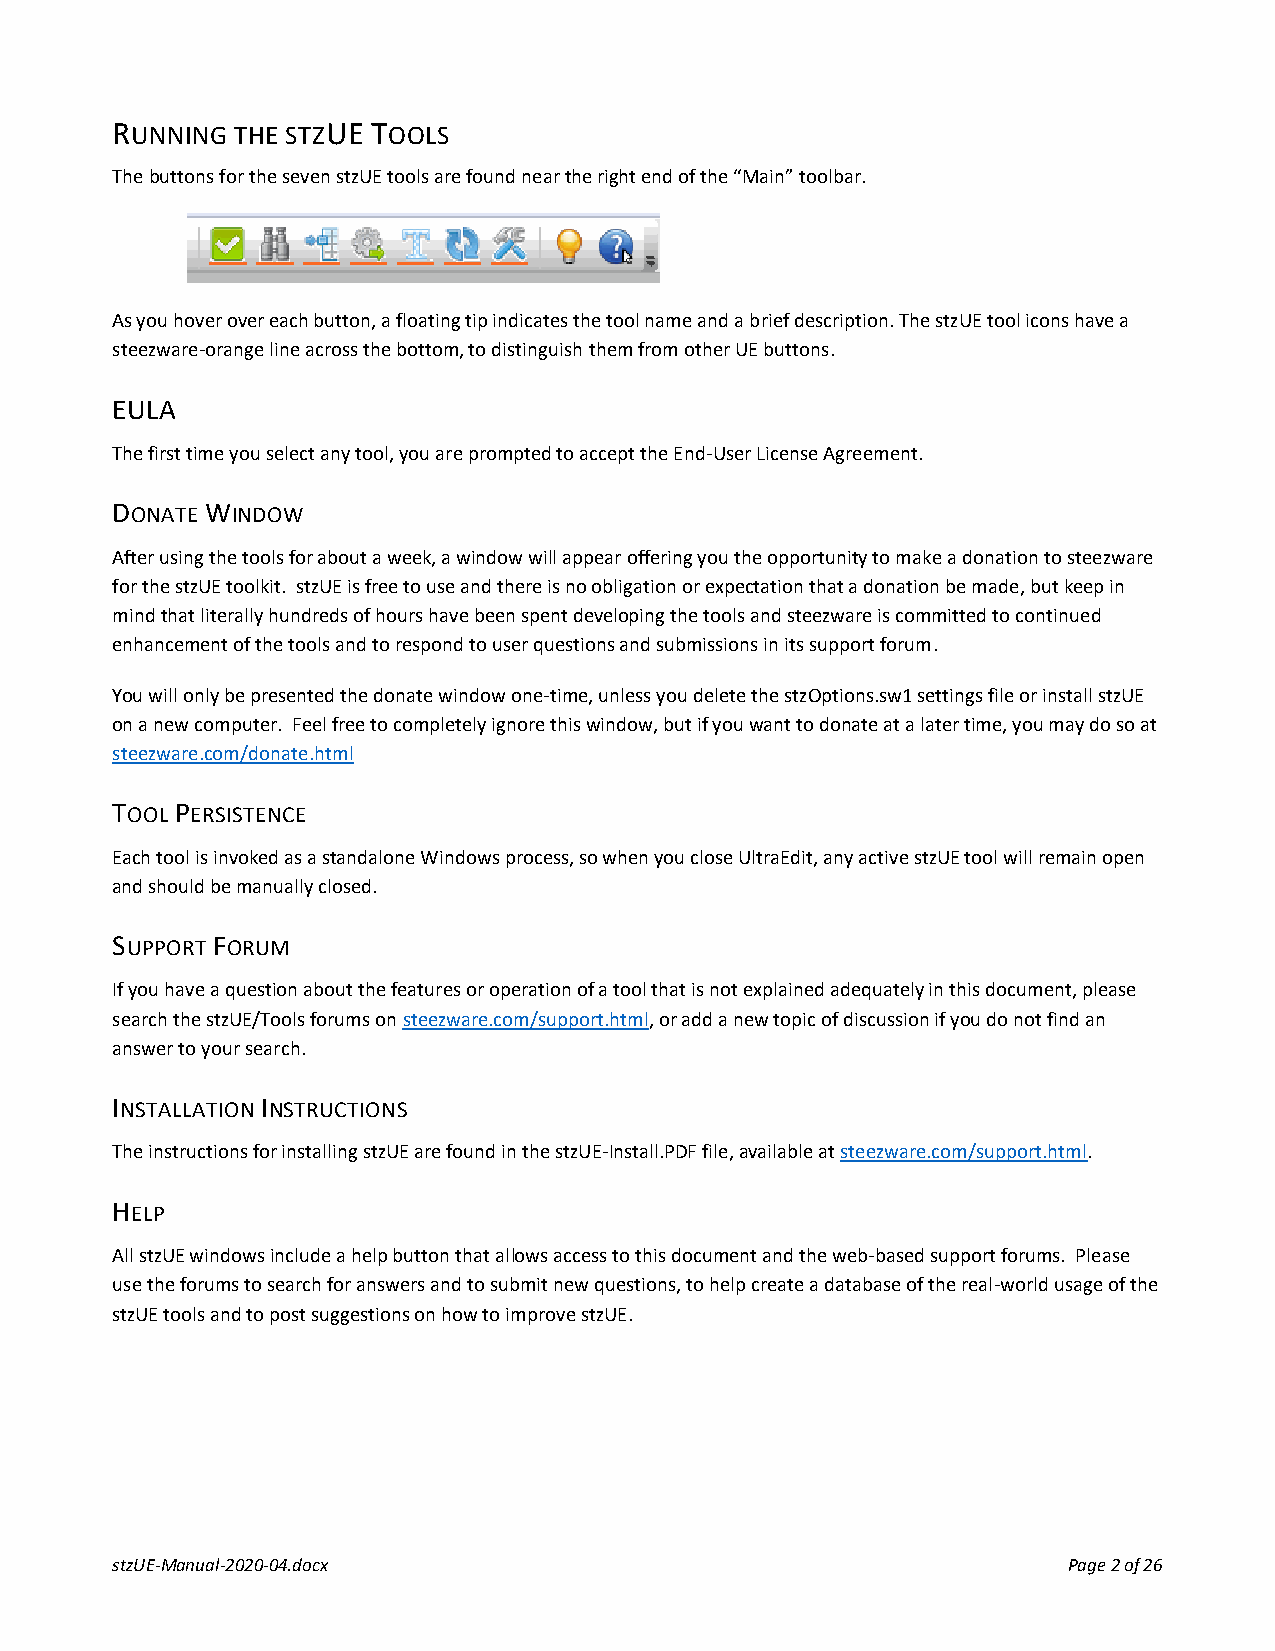
RUNNING  THE STZUE TOOLS
 The buttons for the seven stzUE tools are found near the right end of the “Main” toolbar.
 As you hover over each button, a floating tip indicates the tool name and a brief description. The stzUE tool icons have a
 steezware-orange line across the bottom, to distinguish them from other UE buttons.
 EULA
 The first time you select any tool, you are prompted to accept the End-User License Agreement.
 DONATE WINDOW
 After using the tools for about a week, a window will appear offering you the opportunity to make a donation to steezware
 for the stzUE toolkit. stzUE is free to use and there is no obligation or expectation that a donation be made, but keep in
 mind that literally hundreds of hours have been spent developing the tools and steezware is committed to continued
 enhancement of the tools and to respond to user questions and submissions in its support forum.
 You will only be presented the donate window one-time, unless you delete the stzOptions.sw1 settings file or install stzUE
 on a new computer. Feel free to completely ignore this window, but if you want to donate at a later time, you may do so at
 steezware.com/donate.html
 TOOL PERSISTENCE
 Each tool is invoked as a standalone Windows process, so when you close UltraEdit, any active stzUE tool will remain open
 and should be manually closed.
 SUPPORT FORUM
 If you have a question about the features or operation of a tool that is not explained adequately in this document, please
 search the stzUE/Tools forums on steezware.com/support.html, or add a new topic of discussion if you do not find an
 answer to your search.
 INSTALLATION INSTRUCTIONS
 The instructions for installing stzUE are found in the stzUE-Install.PDF file, available at steezware.com/support.html.
 HELP
 All stzUE windows include a help button that allows access to this document and the web-based support forums. Please
 use the forums to search for answers and to submit new questions, to help create a database of the real-world usage of the
 stzUE tools and to post suggestions on how to improve stzUE.
 stzUE-Manual-2020-04.docx                                       Page 2 of 26